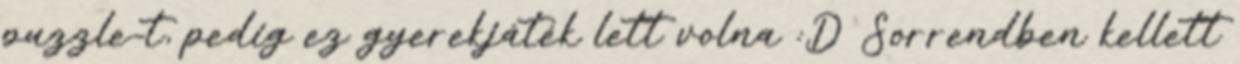
puzzle-t, pedig ez gyerekjáték lett volna :D Sorrendben kellett